Report on malaria in the Punjab during the year ...  together with an account of the work of the Punjab Malaria Bureau - Volume 5
Disease focus: Malaria
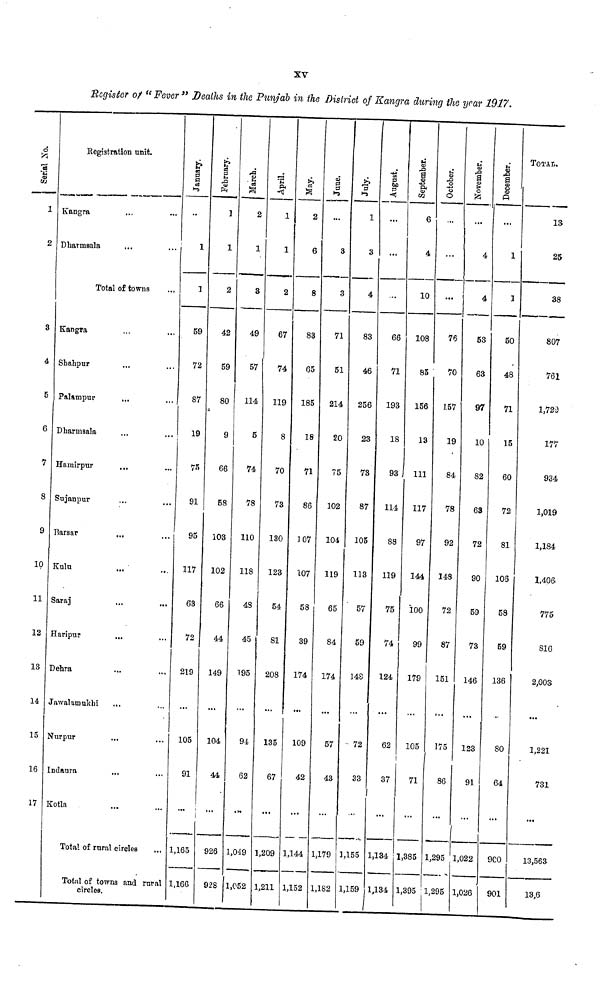
XV
Register of " Fever " Deaths in the Punjab in the District of Kangra during the year 1917.
1
2
3
4
5
6
7
8
9
10
11
12
13
14
15
16
17
Registration unit.
Kangra
Dharmsala
...
...
Total of towns
Kangra
Shahpur
Palampur
Dharmsala
Hamirpur
Sujanpur
Barsar
Kulu
Saraj
Haripur
Dehra
Jawalaimukhi
Nurpur
Indaura
Kotla
...
...
...
...
...
...
...
...
...
...
...
...
Total of rural circles
...
...
...
...
...
...
...
...
...
...
...
...
...
...
Total of towns and rural
circles.
January.
...
1
1
59
72
87
19
75
91
95
117
63
72
219
105
91
1,165
1,166
February.
1
1
2
42
59
80
9
66
58
103
102
66
44
149
104
44
926
928
2
1
3
49
57
114
5
74
78
110
118
43
45
195
94
62
1,049
1,052
April.
1
1
2
67
74
119
8
70
73
130
123
54
81
208
135
67
1,209
1,211
May.
2
6
8
83
65
185
18
71
86
107
107
58
39
174
109
42
1,144
1,152
...
3
3
71
51
214
20
75
102
104
119
65
84
174
57
43
1,179
1,182
July.
1
3
4
83
46
256
23
73
87
105
113
57
59
148
72
33
1,155
1,159
August.
...
...
...
66
71
193
18
93
114
88
119
75
74
124
62
37
1,134
1,134
September.
6
4
10
108
85
156
13
111
117
97
144
100
99
179
105
71
1,385
1,395
October.
...
...
76
70
J.57
19
84
78
92
148
72
87
151
175
86
1,295
1,295
November.
...
4
4
53
63
97
10
82
63
72
90
59
73
146
123
91
1,022
1,026
December.
...
1
1
50
48
71
15
60
72
81
105
58
59
136
80
64
900
901
TOTAL
13
25
38
807
761
1,729
177
934
1,019
1,184
1,40ft
775
816
2,003
1,221
731
...
13,563
13,6